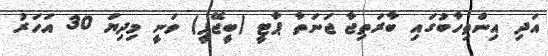
އަދި އިންތިހާބުގައި ބާރަތިޖާ ޖަނަތާ ޕާޓީ (ބީޖޭޕީ) ވަނީ މިދިޔަ 30 އަހަރު